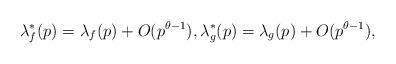
LaTeX: \begin{align*}\lambda_f^{\ast}(p)=\lambda_f(p)+O(p^{\theta-1}),\lambda_{g}^{\ast}(p)=\lambda_{g}(p)+O(p^{\theta-1}),\end{align*}